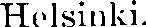
Helsinki.